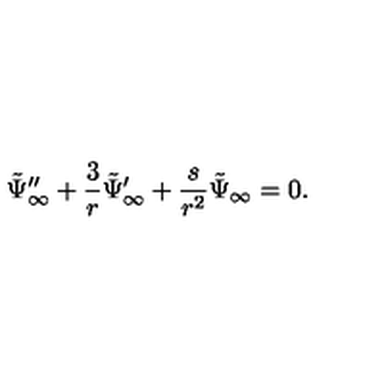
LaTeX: \tilde { \Psi } _ { \infty } ^ { \prime \prime } + { \frac { 3 } { r } } \tilde { \Psi } _ { \infty } ^ { \prime } + { \frac { s } { r ^ { 2 } } } \tilde { \Psi } _ { \infty } = 0 .